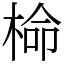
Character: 椧